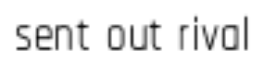
sent out rival